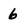
Character: 6